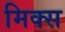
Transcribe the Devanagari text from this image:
मिक्‍स